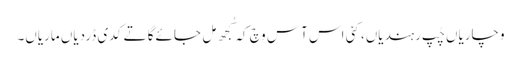
وچاریاں چُپ رہندیاں، کئی اس آس وچ کہ کُجھ مِل جائےگا تے کدی ڈردیاں ماریاں۔